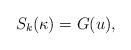
LaTeX: \begin{align*}S_k(\kappa) = G(u),\end{align*}